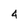
Character: 4